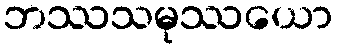
ဘဿသမုဿယော